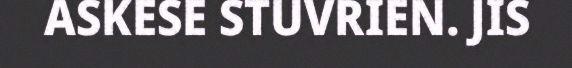
ASKESE STUVRIEN. JIS